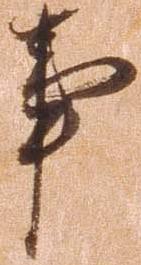
事